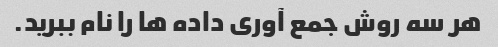
هر سه روش جمع آوری داده ها را نام ببرید.